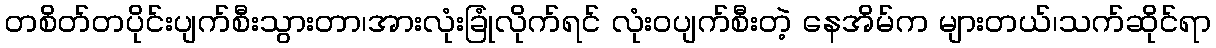
တစိတ်တပိုင်းပျက်စီးသွားတာ၊အားလုံးခြုံလိုက်ရင် လုံးဝပျက်စီးတဲ့ နေအိမ်က များတယ်၊သက်ဆိုင်ရာ